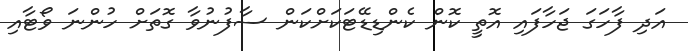
އަދި ފާހަގަ ޖަހާފައި އޮތީ ކޮން ކެންޑިޑޭޓަކަށްކަން ސާފުނުވާ ގޮތަށް ހުންނަ ވޯޓާއި